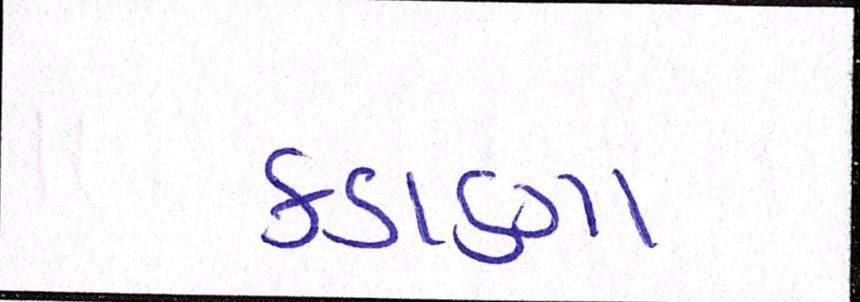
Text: કડાણા